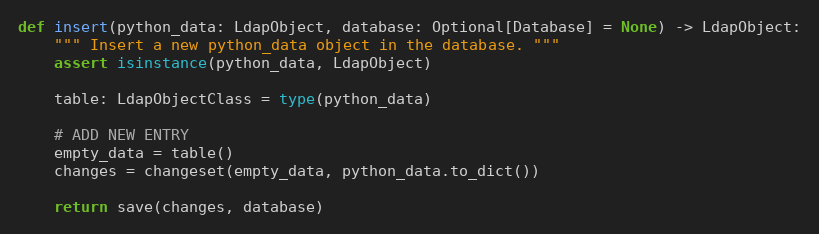
Language: Python
def insert(python_data: LdapObject, database: Optional[Database] = None) -> LdapObject:
    """ Insert a new python_data object in the database. """
    assert isinstance(python_data, LdapObject)

    table: LdapObjectClass = type(python_data)

    # ADD NEW ENTRY
    empty_data = table()
    changes = changeset(empty_data, python_data.to_dict())

    return save(changes, database)